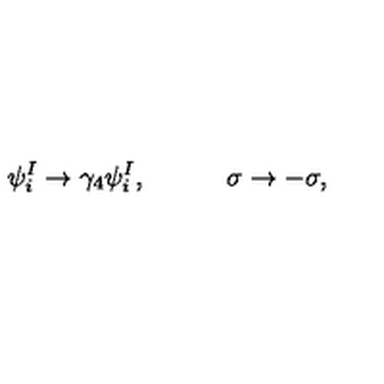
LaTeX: \psi _ { i } ^ { I } \rightarrow \gamma _ { 4 } \psi _ { i } ^ { I } , \qquad \quad \sigma \rightarrow - \sigma ,